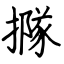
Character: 𢵌